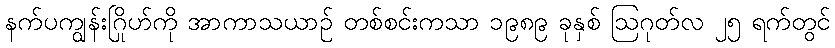
နက်ပကျွန်းဂြိုဟ်ကို အာကာသယာဉ် တစ်စင်းကသာ ၁၉၈၉ ခုနှစ် ဩဂုတ်လ ၂၅ ရက်တွင်